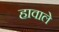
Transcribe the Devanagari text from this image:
हावाले